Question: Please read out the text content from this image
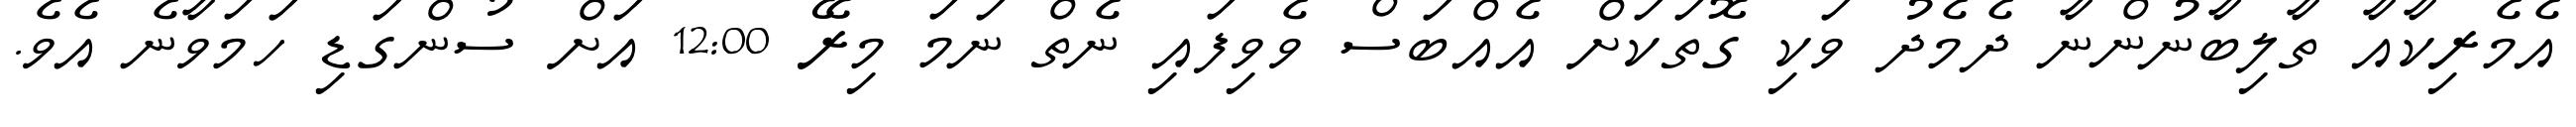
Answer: އެމެރިކާއާ ތާލިބާނުންނާ ދެމެދު ވަކި ގޮތަކަށް އެއްބަސް ވެވިފައި ނެތް ނަމަ މިރޭ 12:00 އަށް ސުންގަޑި ހަމަވާނެ އެވެ.